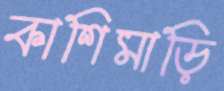
কাশিমাড়ি